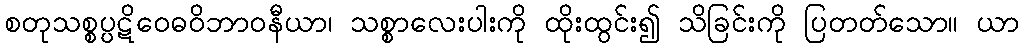
စတုသစ္စပ္ပဋိဝေဓဝိဘာဝနီယာ၊ သစ္စာလေးပါးကို ထိုးထွင်း၍ သိခြင်းကို ပြတတ်သော။ ယာ